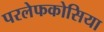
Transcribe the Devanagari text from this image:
परलेफकोसिया